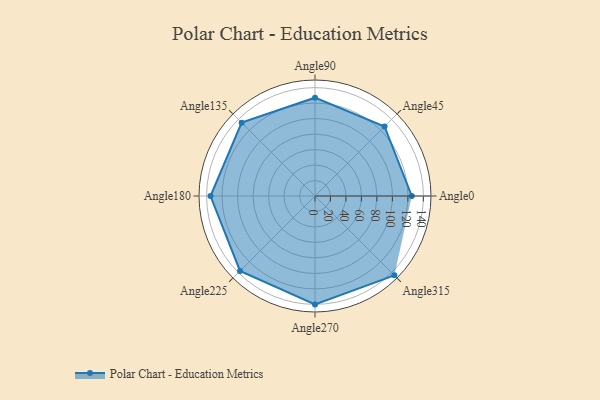
{"axis": {"x": "Angle", "y": "Radius"}, "legend": [""], "data": [{"x": "Angle0", "y": 125.0, "type": ""}, {"x": "Angle45", "y": 127.0, "type": ""}, {"x": "Angle90", "y": 127.0, "type": ""}, {"x": "Angle135", "y": 134.0, "type": ""}, {"x": "Angle180", "y": 135.0, "type": ""}, {"x": "Angle225", "y": 137.0, "type": ""}, {"x": "Angle270", "y": 140.0, "type": ""}, {"x": "Angle315", "y": 145.0, "type": ""}]}